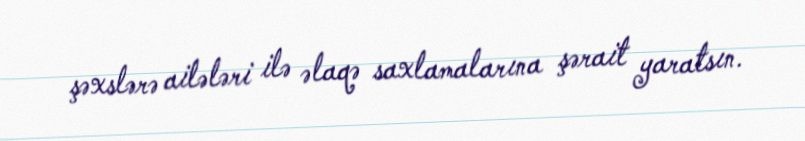
şəxslərə ailələri ilə əlaqə saxlamalarına şərait yaratsın.